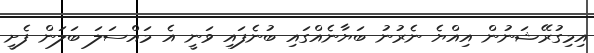
އިމިގުރޭޝަނުން އިއްޔެ ނެރުނު ބަޔާނެއްގައި ބުނެފައި ވަނީ އެ މައްސަލަ ބަލަން ފެށީ